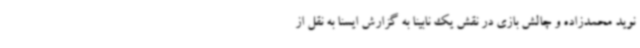
نوید محمدزاده و چالش بازی در نقش یک نابینا به گزارش ایسنا به نقل از